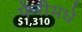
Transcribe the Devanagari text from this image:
फेरीमधे